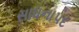
સાધનાપદ